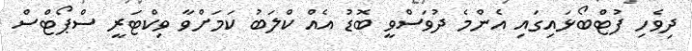
ދިވެހި ފުޓްބޯޅައިގައި އެންމެ ދުވަސްވީ ބޮޑު އެއް ކްލަބު ކަމަށްވާ ވިކްޓަރީ ސްޕޯޓްސް